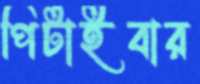
পিটাইবার